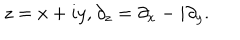
LaTeX: z = x + i y , \partial _ { z } = \partial _ { x } - i \partial _ { y } .